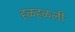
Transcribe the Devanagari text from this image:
हळहळली